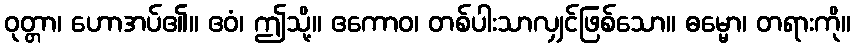
ဝုတ္တာ၊ ဟောအပ်၏။ ဧဝံ၊ ဤသို့။ ဧကောဝ၊ တစ်ပါးသာလျှင်ဖြစ်သော။ ဓမ္မော၊ တရားကို။